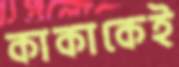
কাকাকেই